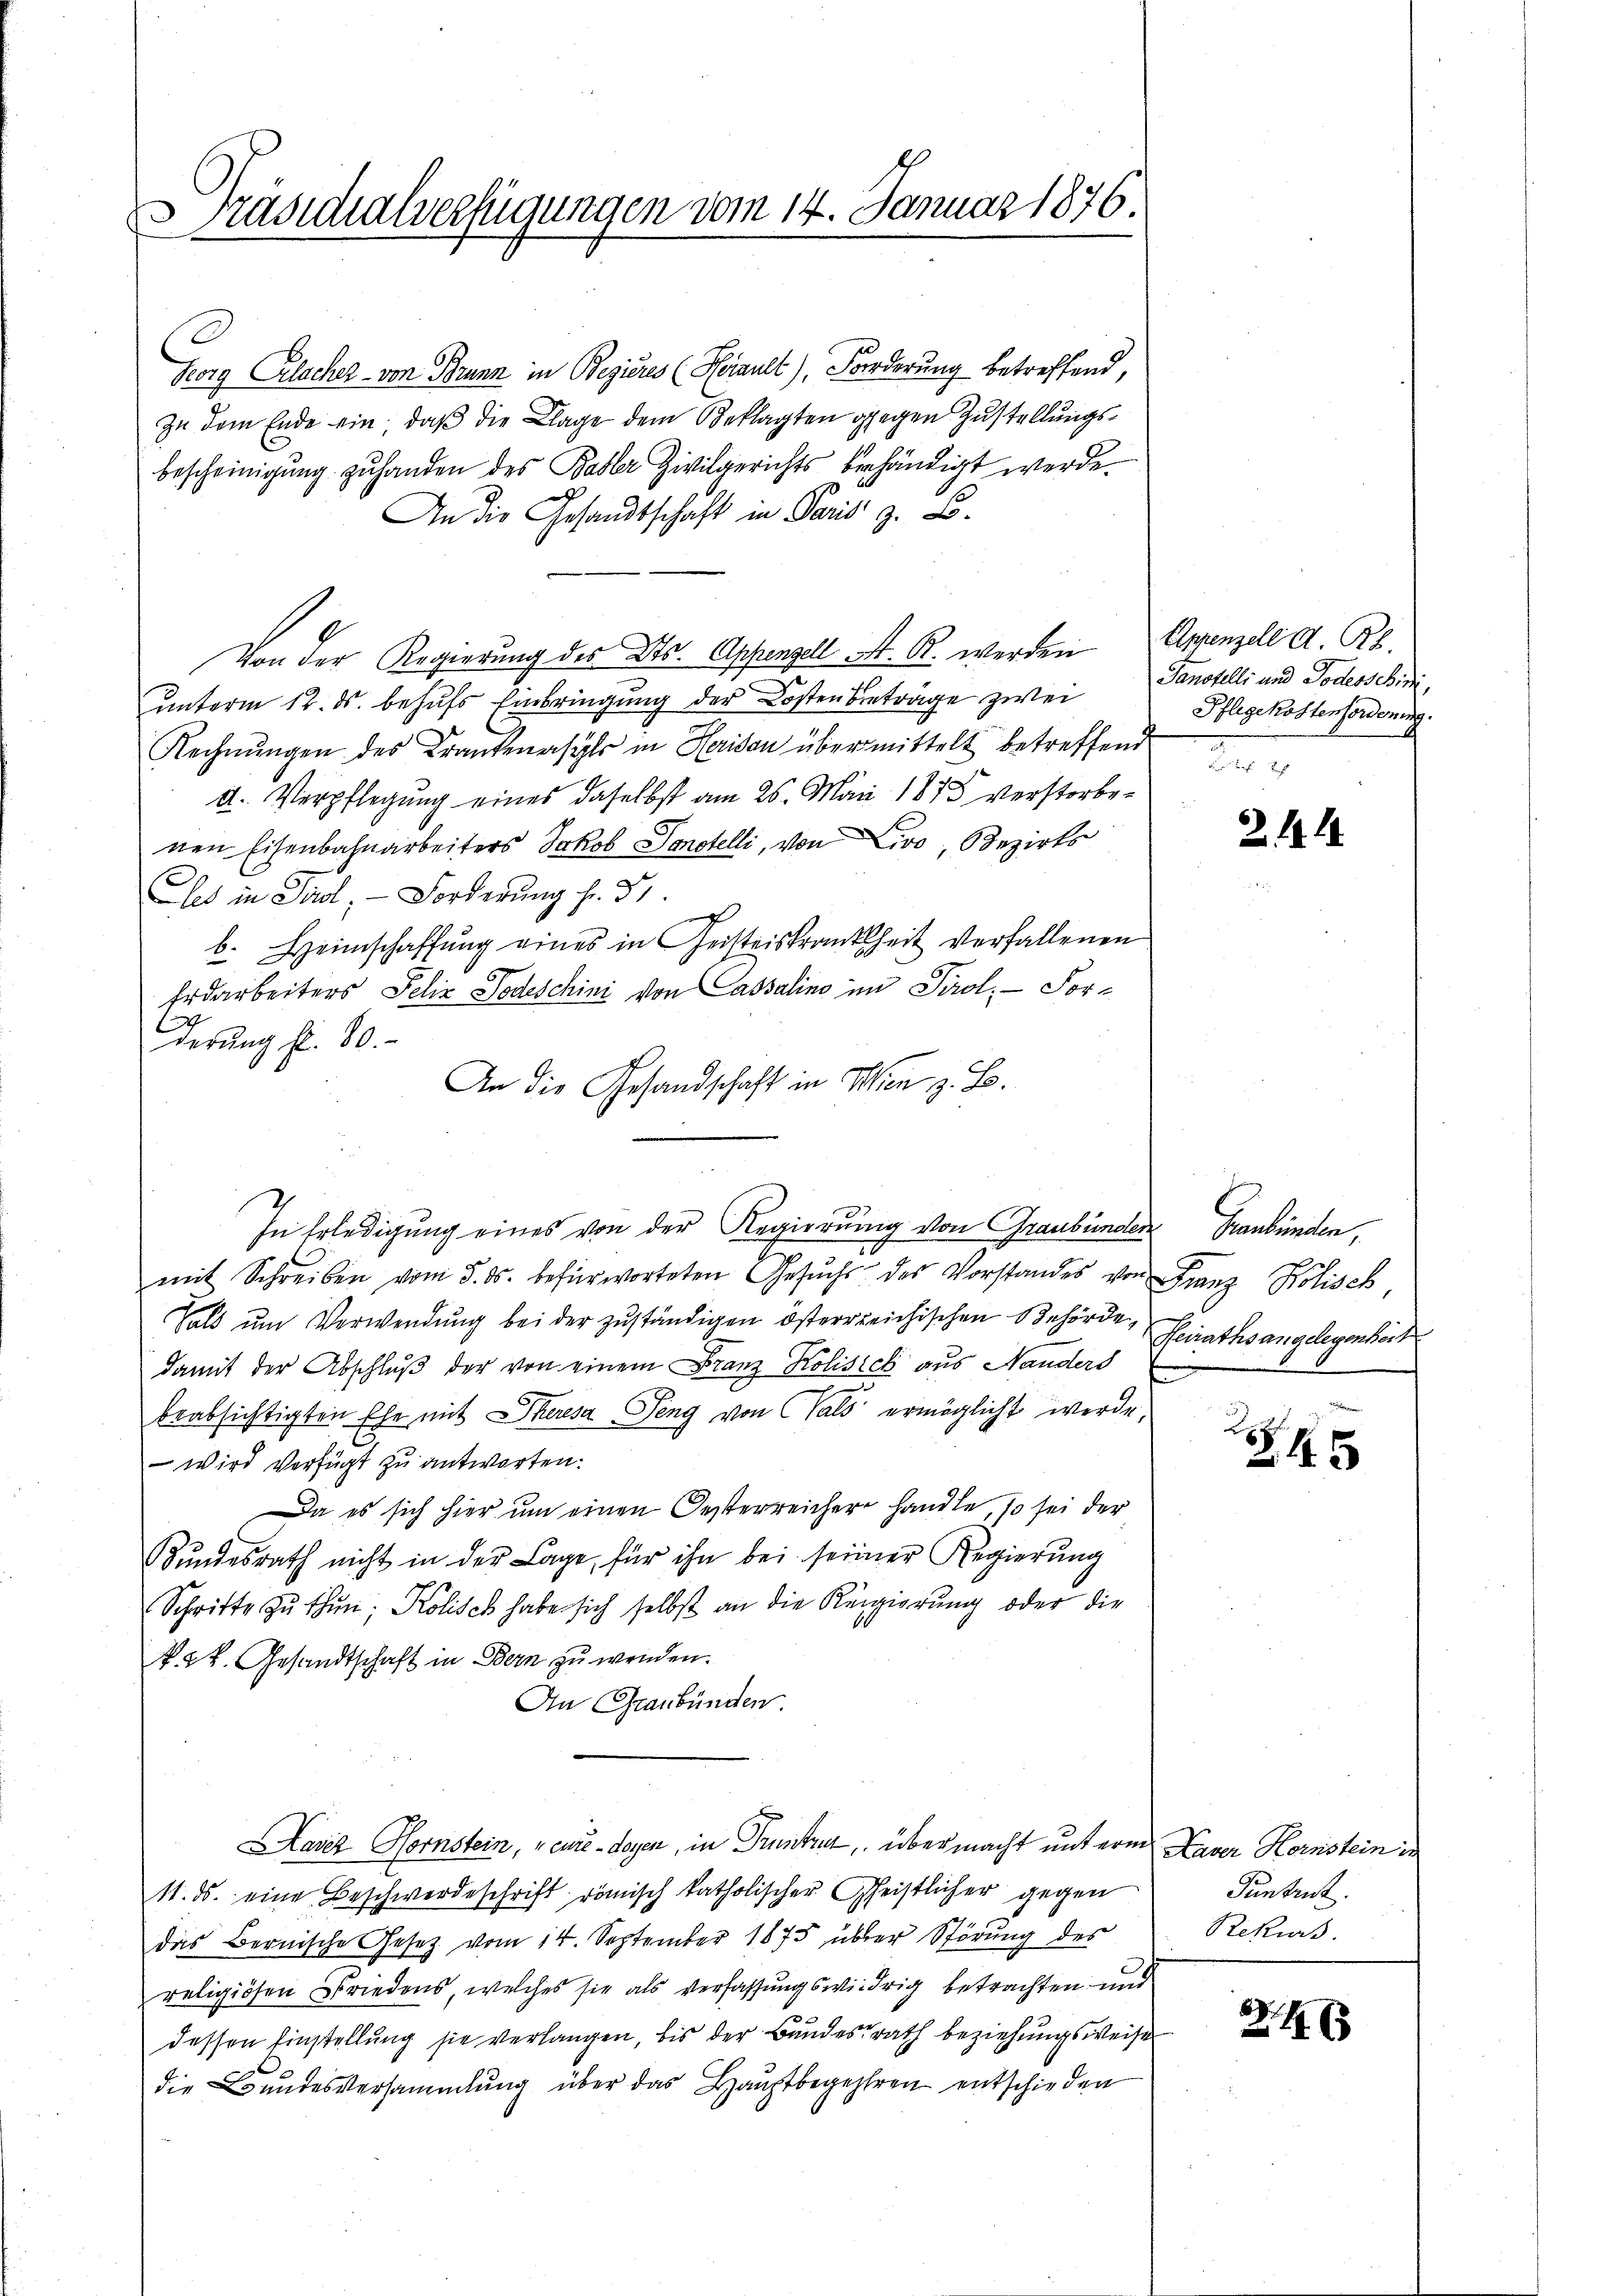
Präsidialverfügungen vom 14. Januar 1876.
1
u

Korg Celscher - von Brunn in Bezieres (Heiault), Forderung betreffend,
In dem Ende ein, daß die Klage dem Beklagten gegen Zustellungsbescheinigŭng zŭ handen des Basler Zivilgerichts behändigt werde.
An die Gesandtschaft in Paris z. B.
Von der Regierung des Kts. Appenzell A. R. werden
unterm 12. ds. behufs Einbringung der Kosten Beträge zwei
Rechnŭngen des Krankenasyls in Herison übermittelt betreffend
d. Verpflegung eines daselbst am 26. Mai 1873 verstorbenen Eisenbahnarbeiters Jakob Sonstelli, von Livo, Bezirks
Ces in Tirol, Forderung fr. 31
b. Heimschaffung eines in Geisteskrankheit verfallenen
Erdarbeiters Felix Todeschini von Cassalins im Tirol, For¬
E
derung fl. 80.
An die Gesandschaft in Wien z. B.
mit Schreiben vom 5. ds. befürworteten Gesŭchs des Vorstandes von Franz Kolisch,
Tals um Verwendung bei der zuständigen österrreichischen Behörde,
damit der Abschlŭβ der von einem Franz Kolisich aus Handers
beabsichtigten Ehe mit Eheresa Seng von Hals ermöglicht werde,
 wird verfügt zu antworten.
Da es sich hier um einen Oesterreicher handle, so sei der
Bundesrath nicht in der Lage für ihn bei seiner Regierung
Schritte zŭ thŭn; Kolisch habe sich selbst an die Regierung oder die
k. k. Gesandtschaft in Bern zŭ wenden.
An Graubünden
Kavez Hornstein, „cure - doyen, in Pruntrut, übermacht unterm
11. ds. eine Beschwerdeschrift römisch katholischer Geistlicher gegen
das Bernische Gesetz vom 14. September 1875 über Störung des
religiösen Friedens, welches sie als Verfassungswidrig betrachten und
dessen Einstellung sie verlangen, bis der Bundesrath beziehungsweise
die Bundesversammlung über das Haŭptbegehren entschieden

2
In Erledigung eines von der Regierung von Graubünden Graubünden,

Appenzell A. R.
Sanstelli und Todesschini,
Pflegekostenforderung.

2144

Feirathsangelegenheit

Z 15

Haver Hornstein in
Puntrut.
Rekurs.

Z. 116